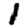
Digit: 1